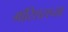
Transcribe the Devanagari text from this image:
मॉरिशसच्या